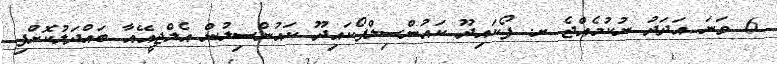
6 ވަނަ އަދަދު ނުކުމެއްޖެ ށ. ފޯކައިދޫ ކައުންސިލްފޯކައިދޫ ކައުންސިލުން އެލްޖީއޭއާ ބައްދަލުކޮށްފި